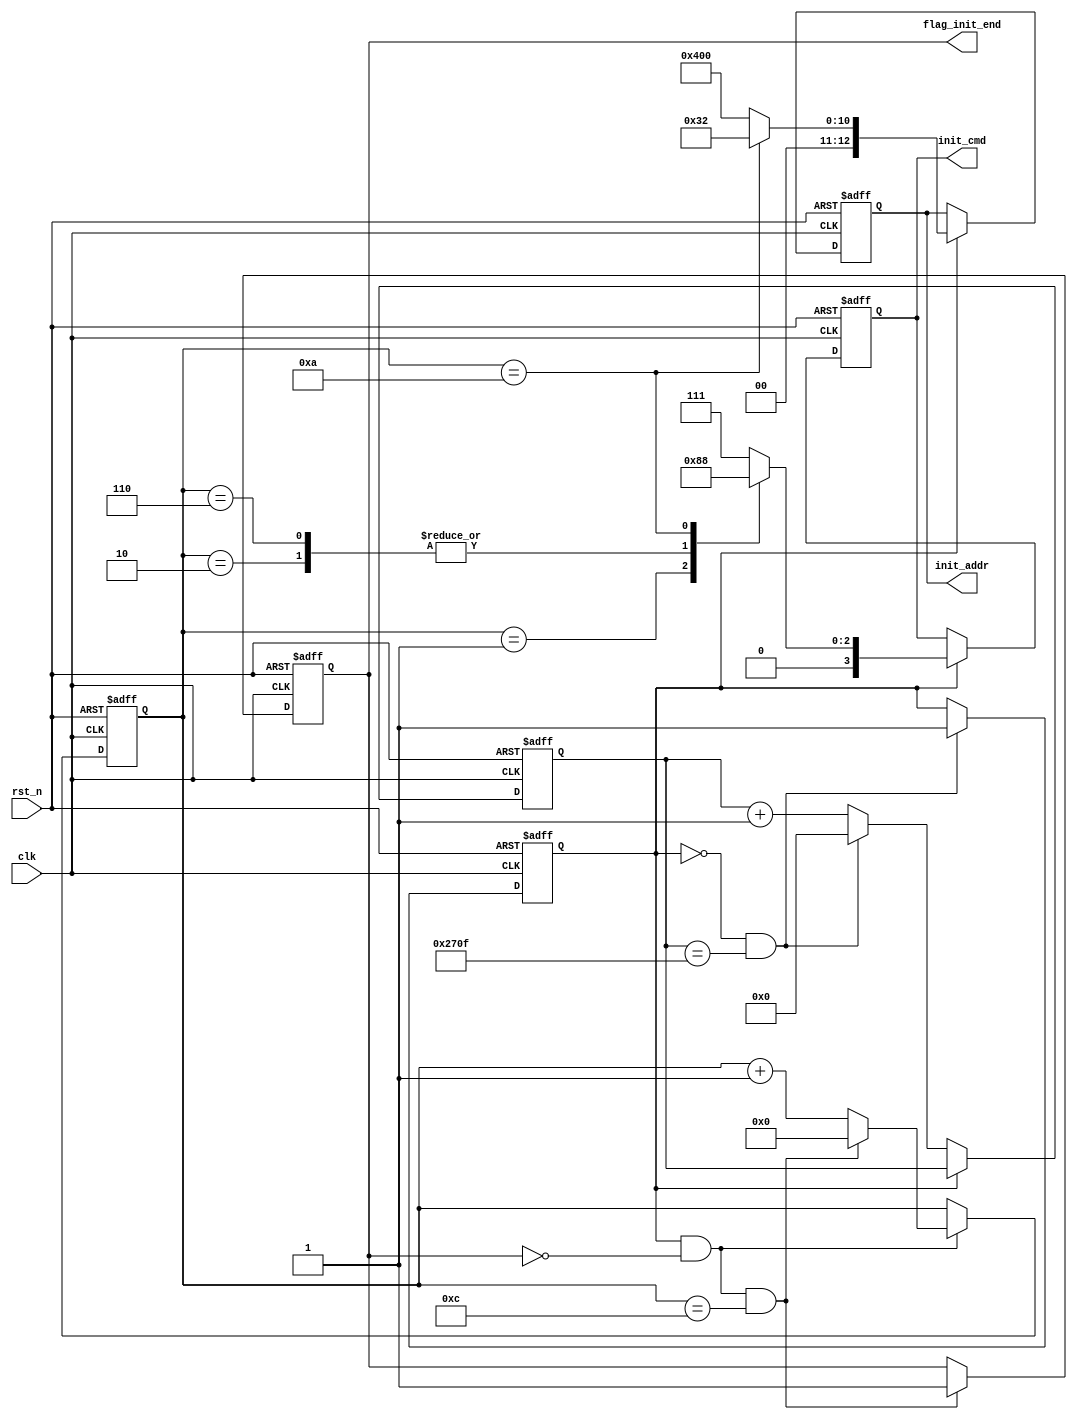
/************************************************************************
 * Create time   : 2018-04-15 21:33
 * Description   : 
 * *********************************************************************/
module  sdram_init(
        input                   clk                     ,
        input                   rst_n                   ,
        //
        output  reg   [ 3: 0]   init_cmd                ,
        output  reg   [12: 0]   init_addr               ,
        output  reg             flag_init_end 
);
//=====================================================================\
// ********** Define Parameter and Internal Signals *************
//=====================================================================/
parameter   DELAY_200US     =       10_000                      ;
parameter   CMD_END         =       13                          ;

parameter   CMD_PALL        =       4'b0010                     ;
parameter   CMD_NOP         =       4'b0111                     ;
parameter   CMD_AREF        =       4'b0001                     ;
parameter   CMD_MRS         =       4'b0000                     ;

reg     [13: 0]                 cnt                             ;
wire                            add_cnt                         ;
wire                            end_cnt                         ;

reg     [ 3: 0]                 cnt1                            ;
wire                            add_cnt1                        ;
wire                            end_cnt1                        ;

reg                             flag_200us                      ; 
//======================================================================
// ***************      Main    Code    ****************
//======================================================================
//cnt
always @(posedge clk or negedge rst_n)begin
    if(!rst_n)begin
        cnt <= 0;
    end
    else if(add_cnt)begin
        if(end_cnt)
            cnt <= 0;
        else
            cnt <= cnt + 1;
    end
end

assign  add_cnt     =       flag_200us == 1'b0;       
assign  end_cnt     =       add_cnt && cnt == DELAY_200US-1;   


//cnt1
always @(posedge clk or negedge rst_n)begin
    if(!rst_n)begin
        cnt1 <= 0;
    end
    else if(add_cnt1)begin
        if(end_cnt1)
            cnt1 <= 0;
        else
            cnt1 <= cnt1 + 1;
    end
end

assign  add_cnt1        =       (flag_200us == 1'b1) && (flag_init_end == 1'b0);       
assign  end_cnt1        =       add_cnt1 && cnt1 == CMD_END-1;

//flag_200us
always  @(posedge clk or negedge rst_n)begin
    if(rst_n==1'b0)begin
        flag_200us  <=  1'b0;
    end
    else if(end_cnt)begin
        flag_200us  <=  1'b1;
    end
end

//flag_init_end
always  @(posedge clk or negedge rst_n)begin
    if(rst_n==1'b0)begin
        flag_init_end   <=  1'b0;
    end
    else if(end_cnt1)begin
        flag_init_end   <=  1'b1;
    end
end

//init_cmd,init_addr
always  @(posedge clk or negedge rst_n)begin
    if(rst_n==1'b0)begin
        init_cmd     <=      CMD_NOP;
        init_addr    <=      13'b0_0100_0000_0000;
    end
    else if(flag_200us)begin
        case(cnt1)
            1:  begin
                init_cmd     <=      CMD_PALL;
                init_addr    <=      13'b0_0100_0000_0000;
            end
            2:  begin
                init_cmd     <=      CMD_AREF;
                init_addr    <=      13'b0_0100_0000_0000;
            end
            6:  begin
                init_cmd     <=      CMD_AREF;
                init_addr    <=      13'b0_0100_0000_0000;
            end
            10:  begin
                init_cmd     <=      CMD_MRS;
                init_addr    <=      13'b0_0000_0011_0010;
            end
            default:begin
                init_cmd     <=      CMD_NOP;
                init_addr    <=      13'b0_0100_0000_0000;
            end
        endcase
    end
end




endmodule